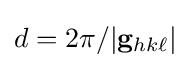
d=2\pi /|\mathbf {g} _{hk\ell }|